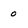
Character: 0